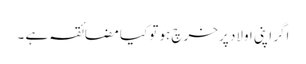
اگر اپنی اولاد پر خرچ ہو تو کیا مضائقہ ہے ۔